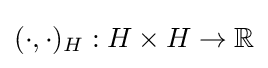
(\cdot ,\cdot )_{H}:H\times H\to \mathbb {R}